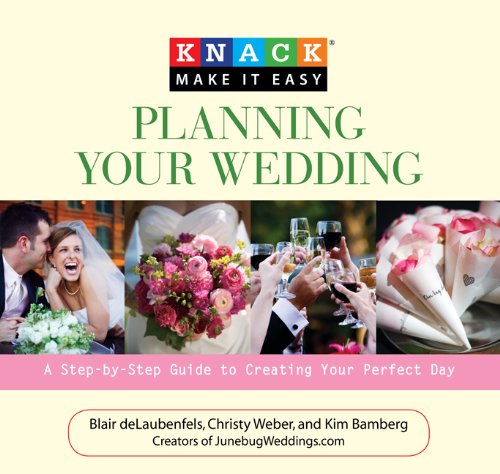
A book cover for Knack Planning Your Wedding: A Step-by-Step Guide to Creating Your Perfect Day (Knack: Make It easy); Blair deLaubenfels; Crafts, Hobbies & Home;